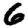
Digit: 6